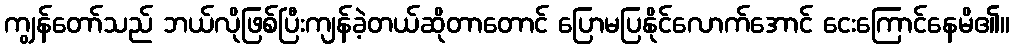
ကျွန်တော်သည် ဘယ်လိုဖြစ်ပြီးကျန်ခဲ့တယ်ဆိုတာတောင် ပြောမပြနိုင်လောက်အောင် ငေးကြောင်နေမိ၏။